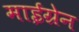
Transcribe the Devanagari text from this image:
माईग्रेन